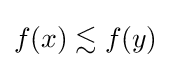
f(x)\lesssim f(y)